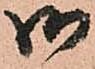
御